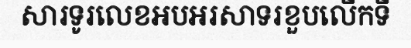
សារទូរលេខអបអរសាទរខួបលើកទី